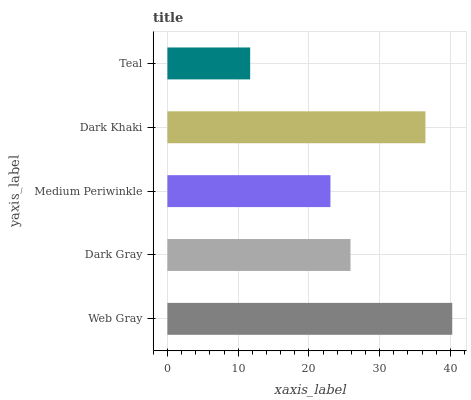
| yaxis_label | bars |
 | --- | --- |
 | Web Gray | 40.3 |
 | Dark Gray | 25.9 |
 | Medium Periwinkle | 23 |
 | Dark Khaki | 36.5 |
 | Teal | 11.7 |